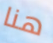
هنا